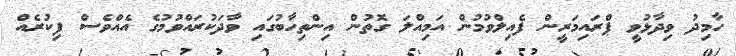
ހާމިދު ވިދާޅުވީ ޕްރައިމަރީން ފެއިލްވުމުން އަމިއްލަ ގޮތުން އިންތިހާބުގައި ވާދަކުރައްވުމުގެ އެއްވެސް ފިކުރެއް